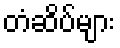
တံဆိပ်များ